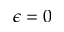
\epsilon = 0